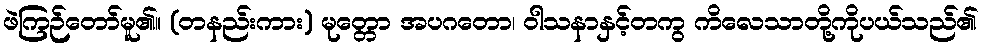
ဖဲကြဉ်တော်မူ၏။ (တနည်းကား) မုတ္တော အပဂတော၊ ဝါသနာနှင့်တကွ ကိလေသာတို့ကိုပယ်သည်၏